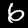
Label: 6